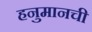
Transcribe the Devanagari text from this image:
हनुमानची